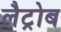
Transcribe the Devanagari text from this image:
लैट्रोब